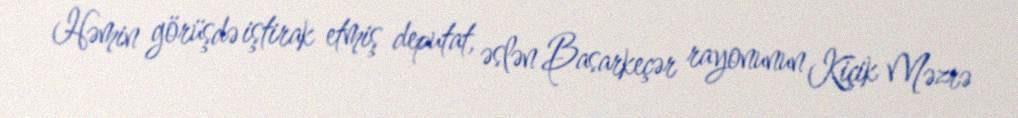
Həmin görüşdə iştirak etmiş deputat, əslən Basarkeçər rayonunun Kiçik Məzrə